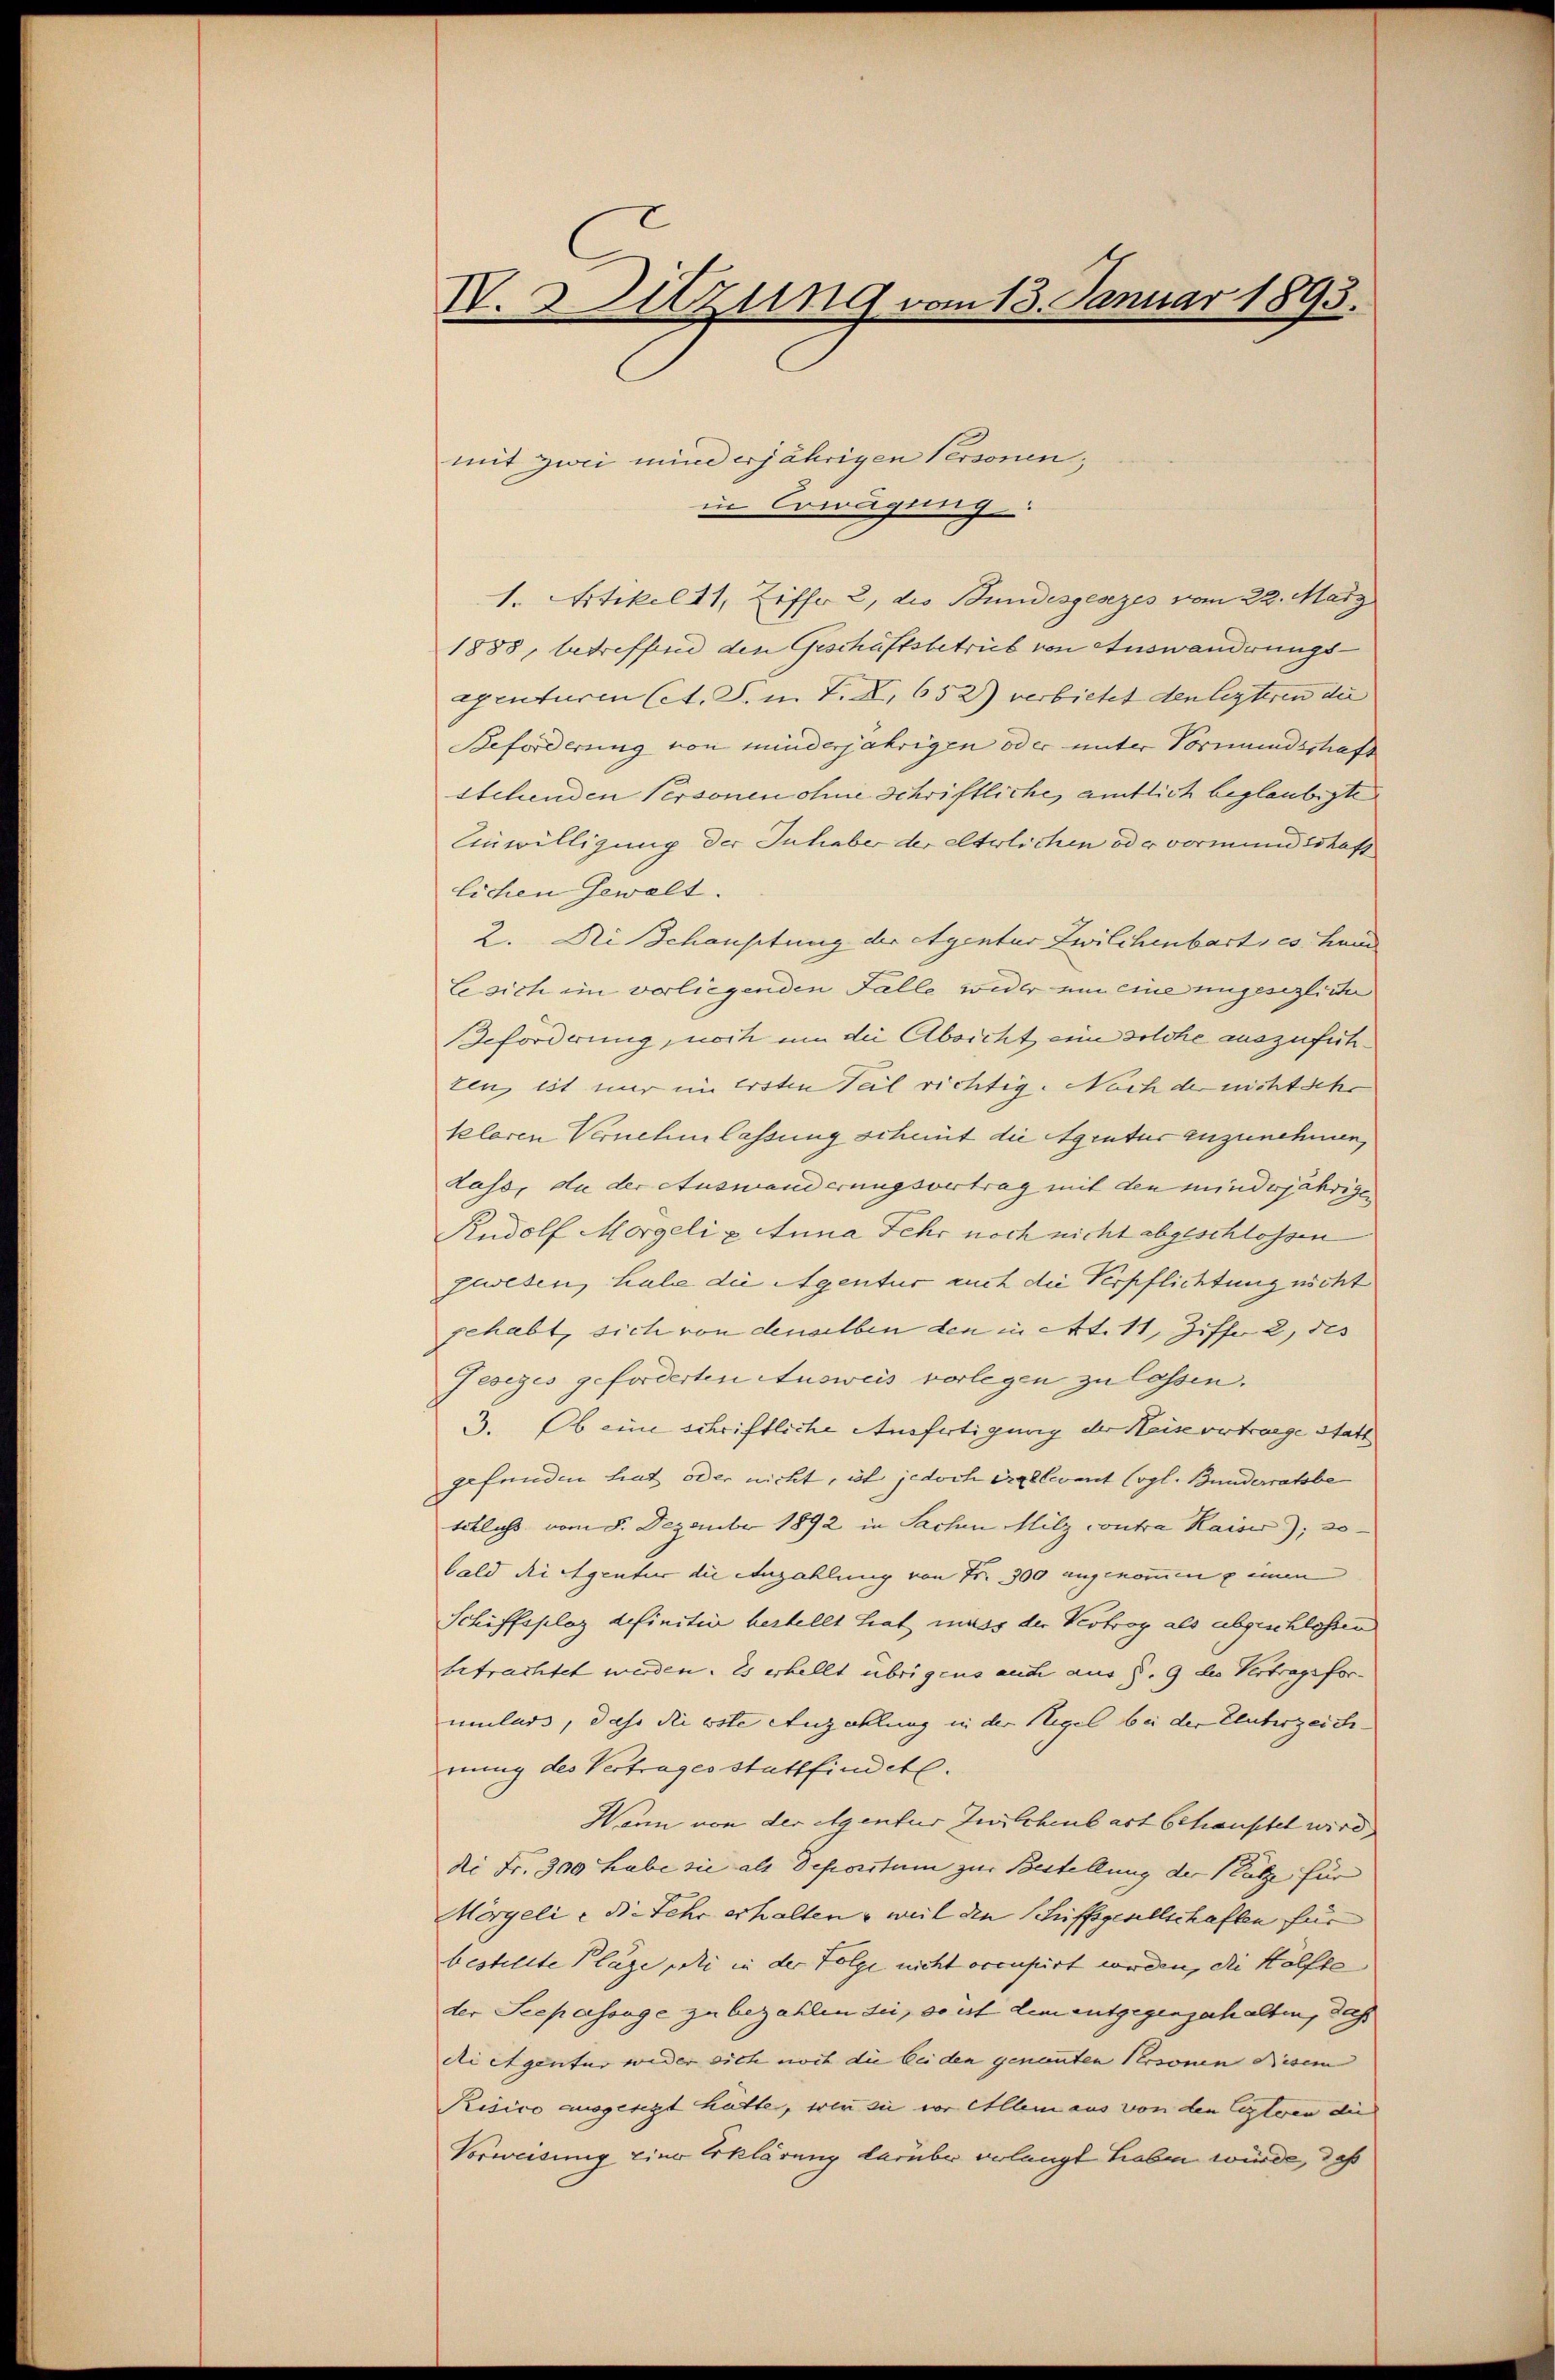
IV. Sitzung vom 13. Januar 1893.

mit zwei minderjährigen Personen,
in Erwägung.
1. Artikel 11, Ziffer 2, die Bundesgesezes vom 22. März
1888, betreffend den Geschäftsbetrüb von Auswanderungsexenturen Cat. S. n. F. X, 652) verbietet den lezteren die
Beforderung von minderjährigen oder unter Vormundschaft
stehenden Personen ohne Schriftliche, amtlich beglaubigte
Einwilligung der Inhaber der elterlichen oder vormundschaft
lichen Gewalt.
2. Die Schausitung der Agentur Zwilchenbart, es hand
le sich im vorliegenden Falle wider ein eine ungesezliche
eforderung, noch um die Absicht eine solche auszufühzen, ist nur im Ersten Teil richtig. Nach der nichtsche
klaren Vernehmlassung scheint die Agentur anzunehmen,
Lass, da der Auswanderungsvertrag mit den minderjährigen
Rudolf Morgeli u. Anna Fehr noch nicht abgeschlossen
gewesen, habe die Agentur auch die Verpflichtung nicht
gehabt, sich von denselben den in Art. 11, Ziff. 2, des
Jesizes geforderten Ausweis verlegen zu lassen.
3. Ob eine schriftliche Anfertigung der Heisvertrage statt
gefunden hat oder nicht, ist jedoch irrelevant (vgl. Bunderratsbe
tcklass vom 8. Dezember 1892 in Sachen Milz contra Kaiser, so
bald die Agentur die Anzahlung von Fr. 300 angenommen & einen
Schiffsplaz definitia bestellt hat muss der Vertrag als abgeschloßen
betrachtet werden. Es erhellt übrigens auch aus §. 9 des Vertragsformulars, dass die vite Anzahlung in der Regel bei der Cluberzeich-
nung des Vertrages stattfindete.
Wann von der eigentur zu schenbart behauptet wird,
Ni Fr. 300 habe sie als Depositum zur Bestellung der Platze für
Mörgeli e die Sehr erhalten, weil den Schiffsgesellschaften für
bestellte Plaze pii in der Folge nicht occupirt werden, die Hälfte
der Seepassage zu bezahlen sie, so ist dem entgegengehalten, das
di Agentur weder sich noch die bei den genannten Personen diesem
Risico ausgesetzt hatte, wie sie vor Allem aus von den lezteren die
Vorweisung eine Erklärung darüber verlangt haben würde, daß